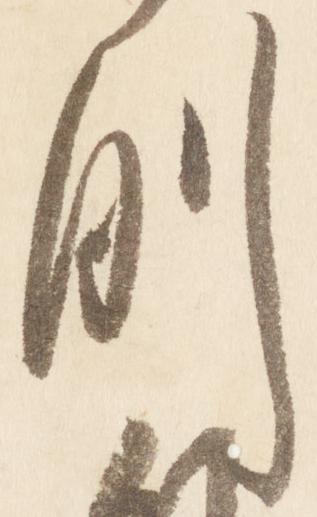
例